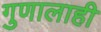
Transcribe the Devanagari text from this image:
गुणालाही